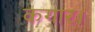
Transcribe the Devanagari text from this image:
कगार।